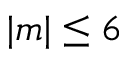
| m | \leq 6